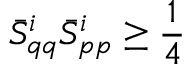
\bar { S } _ { q q } ^ { i } \bar { S } _ { p p } ^ { i } \geq \frac { 1 } { 4 }